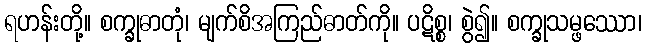
ရဟန်းတို့။ စက္ခုဓာတုံ၊ မျက်စိအကြည်ဓာတ်ကို။ ပဋိစ္စ၊ စွဲ၍။ စက္ခုသမ္ဖဿော၊